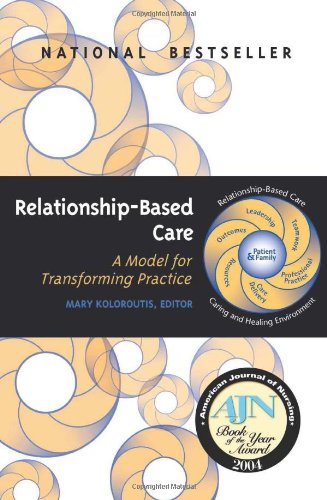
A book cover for Relationship-Based Care: A Model for Transforming Practice; Mary Koloroutis; Medical Books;